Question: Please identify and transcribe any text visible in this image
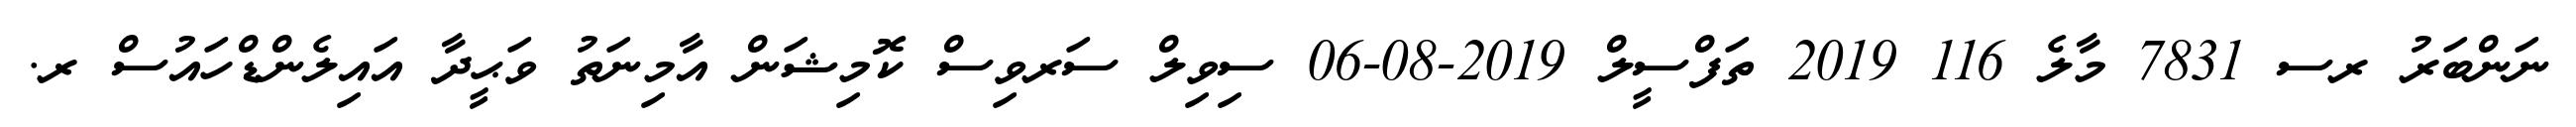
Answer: ނަންބަރު ރސ 7831 މާލެ 116 2019 ތަފްސީލް 2019-08-06 ސިވިލް ސަރވިސް ކޮމިޝަން އާމިނަތު ވަޙީދާ އައިލެންޑްހައުސް ރ.